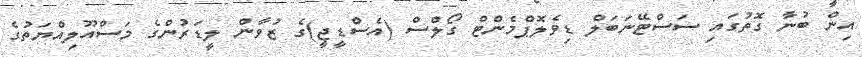
އިން ބުނާ ގޮތުގައި ސަސްޓޭނަބަލް ޑިވެލޮޕްމެންޓް ގޯލްސް (އެސްޑީޖީ)ގެ ޒުވާން ލީޑަރުންގެ މަސްއޫލިއްޔަތުގެ